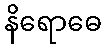
နိရောဓေ